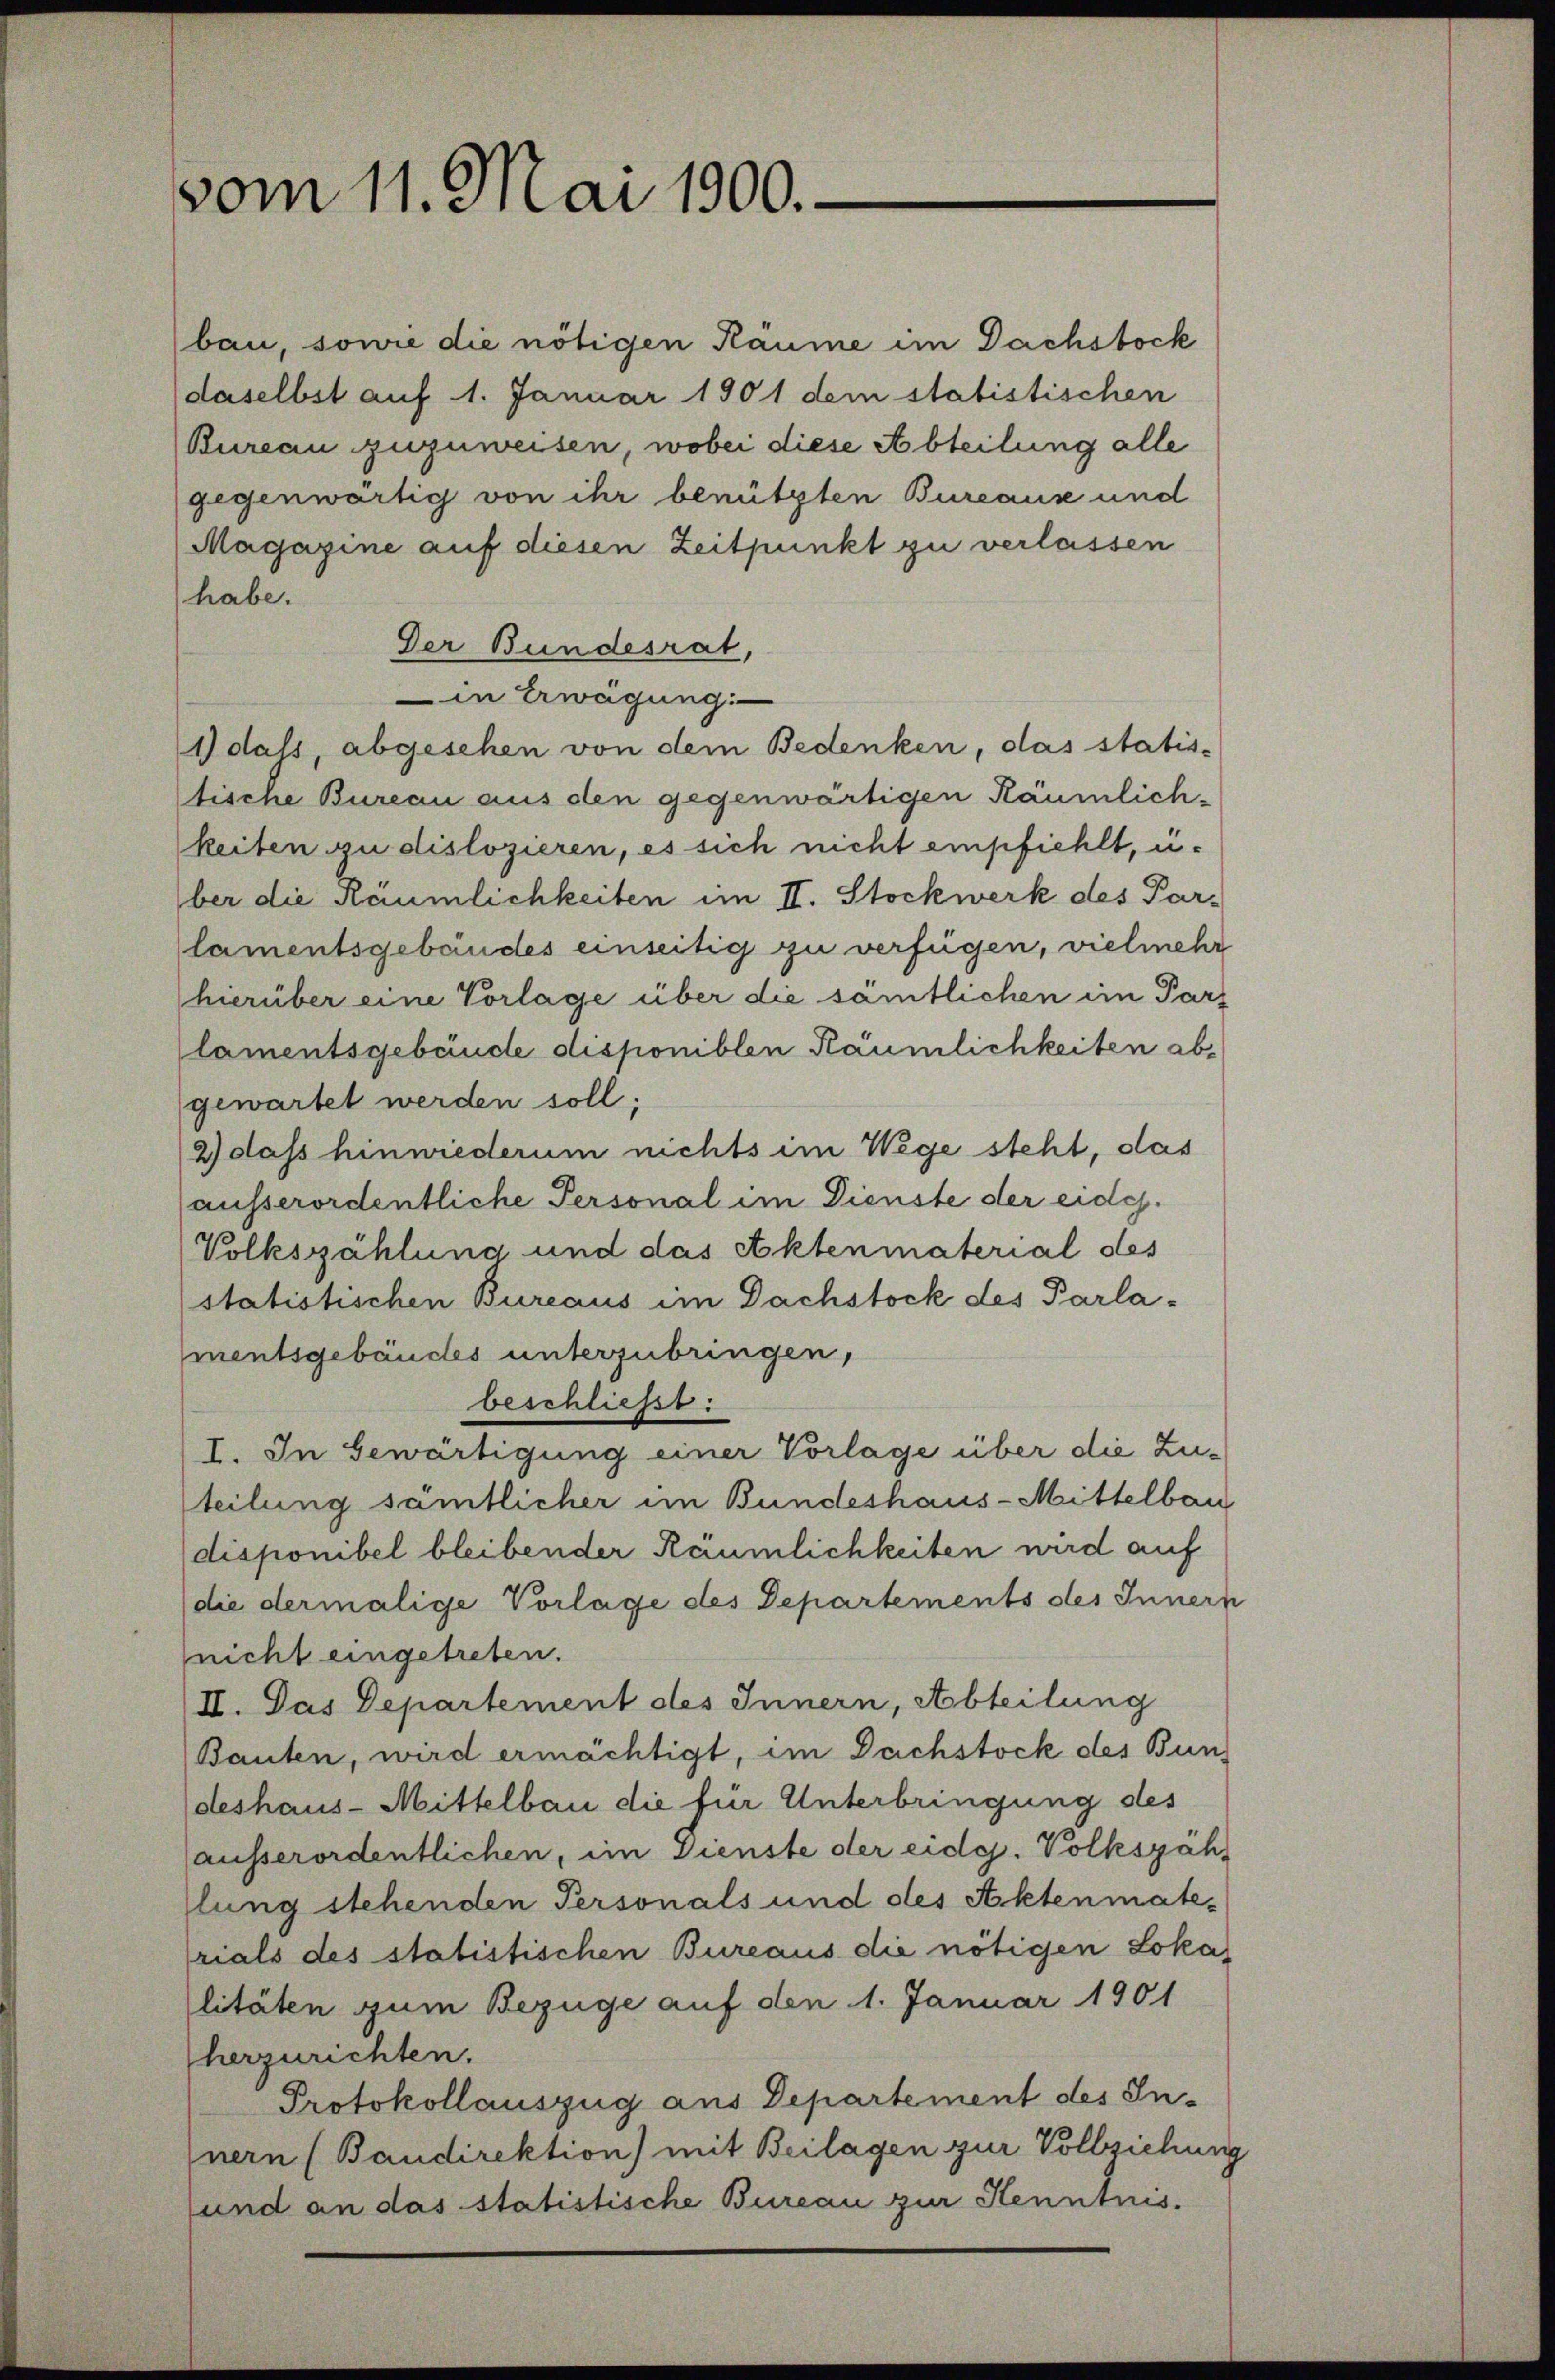
vom 11. Mai 1900.

bau, sowie die nötigen Räume im Dachstock
daselbst auf 1. Januar 1901 dem statistischen
Bureau zuzuweisen, wobei diese Abteilung alle
gegenwärtig von ihr benützten Bureaus und
Magazine auf diesen Zeitpunkt zu verlassen
habe.
Der Bundesrat,
in Erwägung:
1) dass, abgesehen von dem Bedenken, das statis-
tische Bureau aus den gegenwärtigen Räumlich-
keiten zu dislozieren, es sich nicht empfiehlt, u.
ber die Räumlichkeiten im II. Stockwerk des Par-
lamentsgebäudes einseitig zu verfügen, vielmehr
hierüber eine Vorlage über die sämtlichen im Parz
lamentsgebäude disponiblen Räumlichkeiten abs
gewartet werden soll;
2) dass hinwiederum nichts im Wege steht, das
ausserordentliche Personal im Dienste der eidg.
Volkszählung und das Aktenmaterial des
statistischen Bureaus im Dachstock des Parlamentsgebäudes unterzubringen,
beschließt:
I. In Gewärtigung einer Vorlage über die Zuteilung sämtlicher im Bundeshaus-Mittelbau
disponibel bleibender Räumlichkeiten wird auf
die dermalige Vorlage des Departements des Innern
nicht eingetreten.
II. Das Departement des Innern, Abteilung
Bauten, wird ermächtigt, im Dachstock des Bundeshaus-Mittelbau die für Unterbringung des
ausserordentlichen, im Dienste der eidg. Volkszähllung stehenden Personals und des Aktenmaterials des statistischen Bureaus die nötigen Loka
litäten zum Bezüge auf den 1. Januar 1901
herzurichten.
Protokollauszug aus Departement des In¬
Inern (Baudirektion) mit Beilagen zur Vollziehung
und an das statistische Bureau zur Kenntnis¬